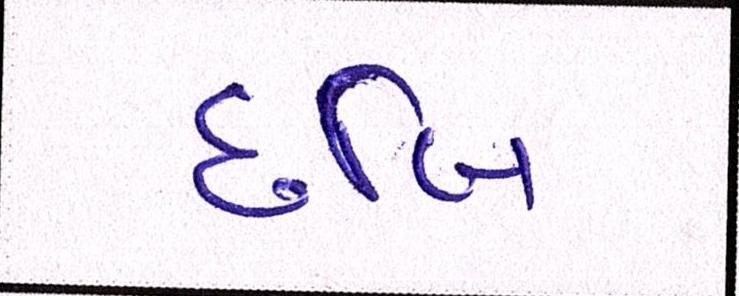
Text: છબિ